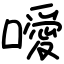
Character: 噯